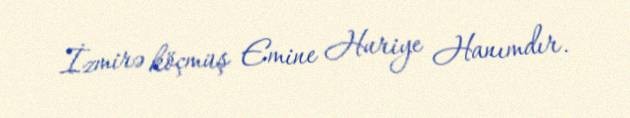
İzmirə köçmüş Emine Huriye Hanımdır.